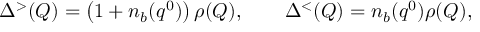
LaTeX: \Delta ^ { > } ( Q ) = \left( 1 + n _ { b } ( q ^ { 0 } ) \right) \rho ( Q ) , \qquad \Delta ^ { < } ( Q ) = n _ { b } ( q ^ { 0 } ) \rho ( Q ) ,